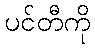
ပင်တီကို